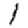
Digit: 1